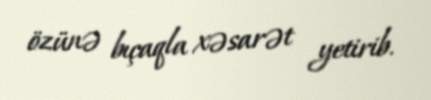
özünə bıçaqla xəsarət yetirib.